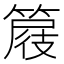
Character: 𥰦